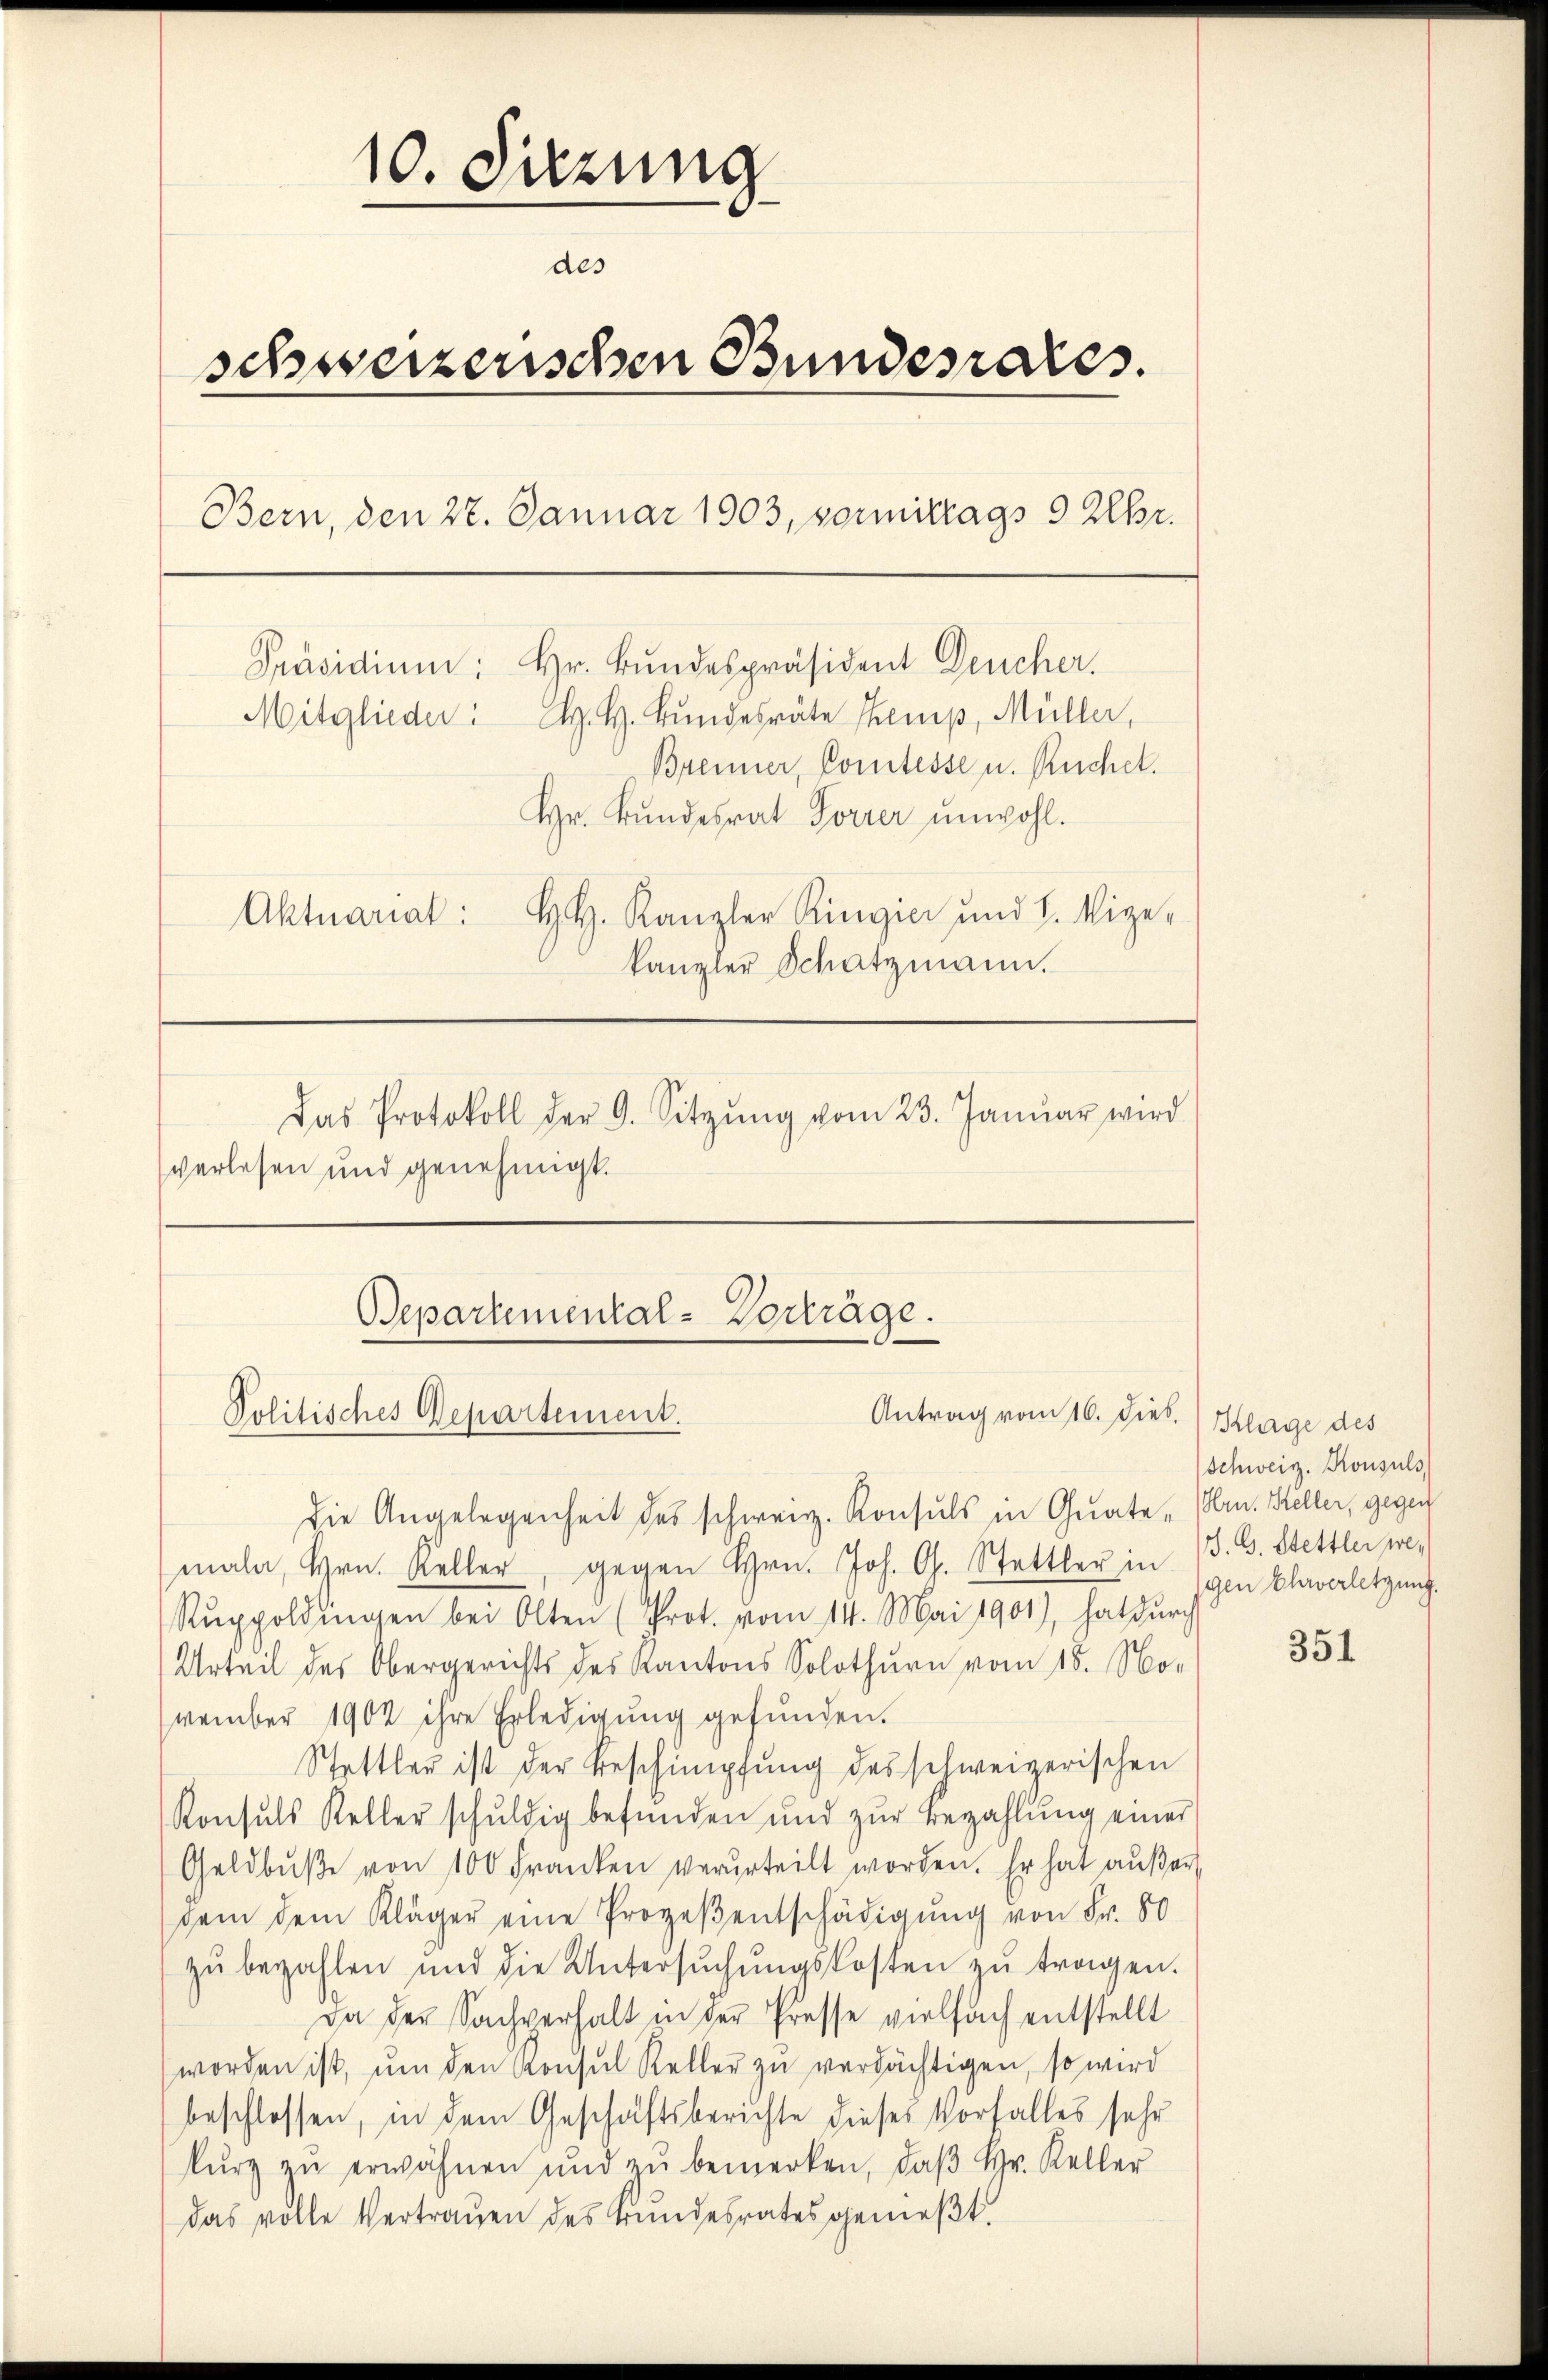
10. Sitzung
des
schweizerischen Bundesrates.
Bern, den 27. Januar 1903, vormittags 9 Uhr.
Mitglieder H. H. Bŭndesräte emp, Müller,
Brenner, Comtesse u. Ruchet.
Hr. Bundesrat Forrer unwohl.
HH. Kanzler Ringier und H. Vize-
Aktuariat:
kanzler Schatzmann.
Das Protokoll der 9. Sitzŭng vom 23. Janŭar wird
verlesen und genehmigt.

Präsidium: Hr. Bundespräsident Deucher.

Bepartemental-Vorträge.
Politisches Departement.
Antrag vom 16. Dieb. Klage des

die Angelegenheit des schweiz. Konsuls in Quate (Hrn. Keller, gegen
mala, Hrn. Keller, gegen Hrn. Joh. G. Stattler in von Claverletzung.
Rŭppoldingen bei Olten (Prot. vom 14. Mai 1901), hat dŭrch
Urteil des Obergerichts des Kantons Solothurn vom 15. No-
vember 1902 ihre Erledigung gefunden.
Stattler ist der Beschimpfung des schweizerischen
Konsuls Keller schŭldig befŭnden und zŭr Bezahlŭng einer
Geldbŭβe von 100 Franken verurteilt worden. Er hat aŭβer
dem dem Kläger eine Prozeβentschädigung von Fr. 80
zŭ bezahlen und die Untersŭchŭngskosten zŭ tragen.
Da der Sachverhalt in der Presse vielfach entstellt
worden ist, ŭm den Konsul Keller zŭ verdächtigen, so wird
beschlossen, in dem Geschäftsberichte dieses Vorfalles sehr
kŭrz zŭ erwähnen und zŭ bemerken, daβ hr. Keller
das volle Vertraŭen des Bŭndesrates gemeβt.

Schweiz. Konsuls,
J. G. Stettler we¬

351